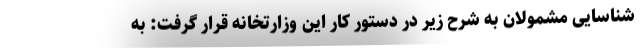
شناسایی مشمولان به شرح زیر در دستور کار این وزارتخانه قرار گرفت: به